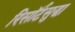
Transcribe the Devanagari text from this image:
रिसॉर्टसुद्धा